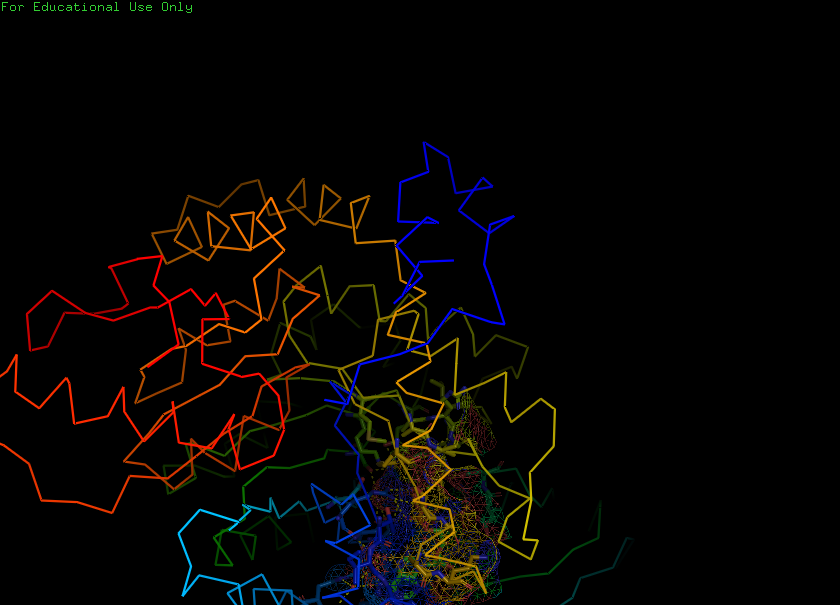
pymol, preset, ligand_sites_mesh